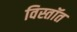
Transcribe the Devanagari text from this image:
विस्तॉत